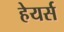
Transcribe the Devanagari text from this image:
हेयर्स